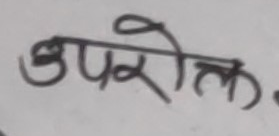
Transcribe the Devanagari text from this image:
उपरौल.